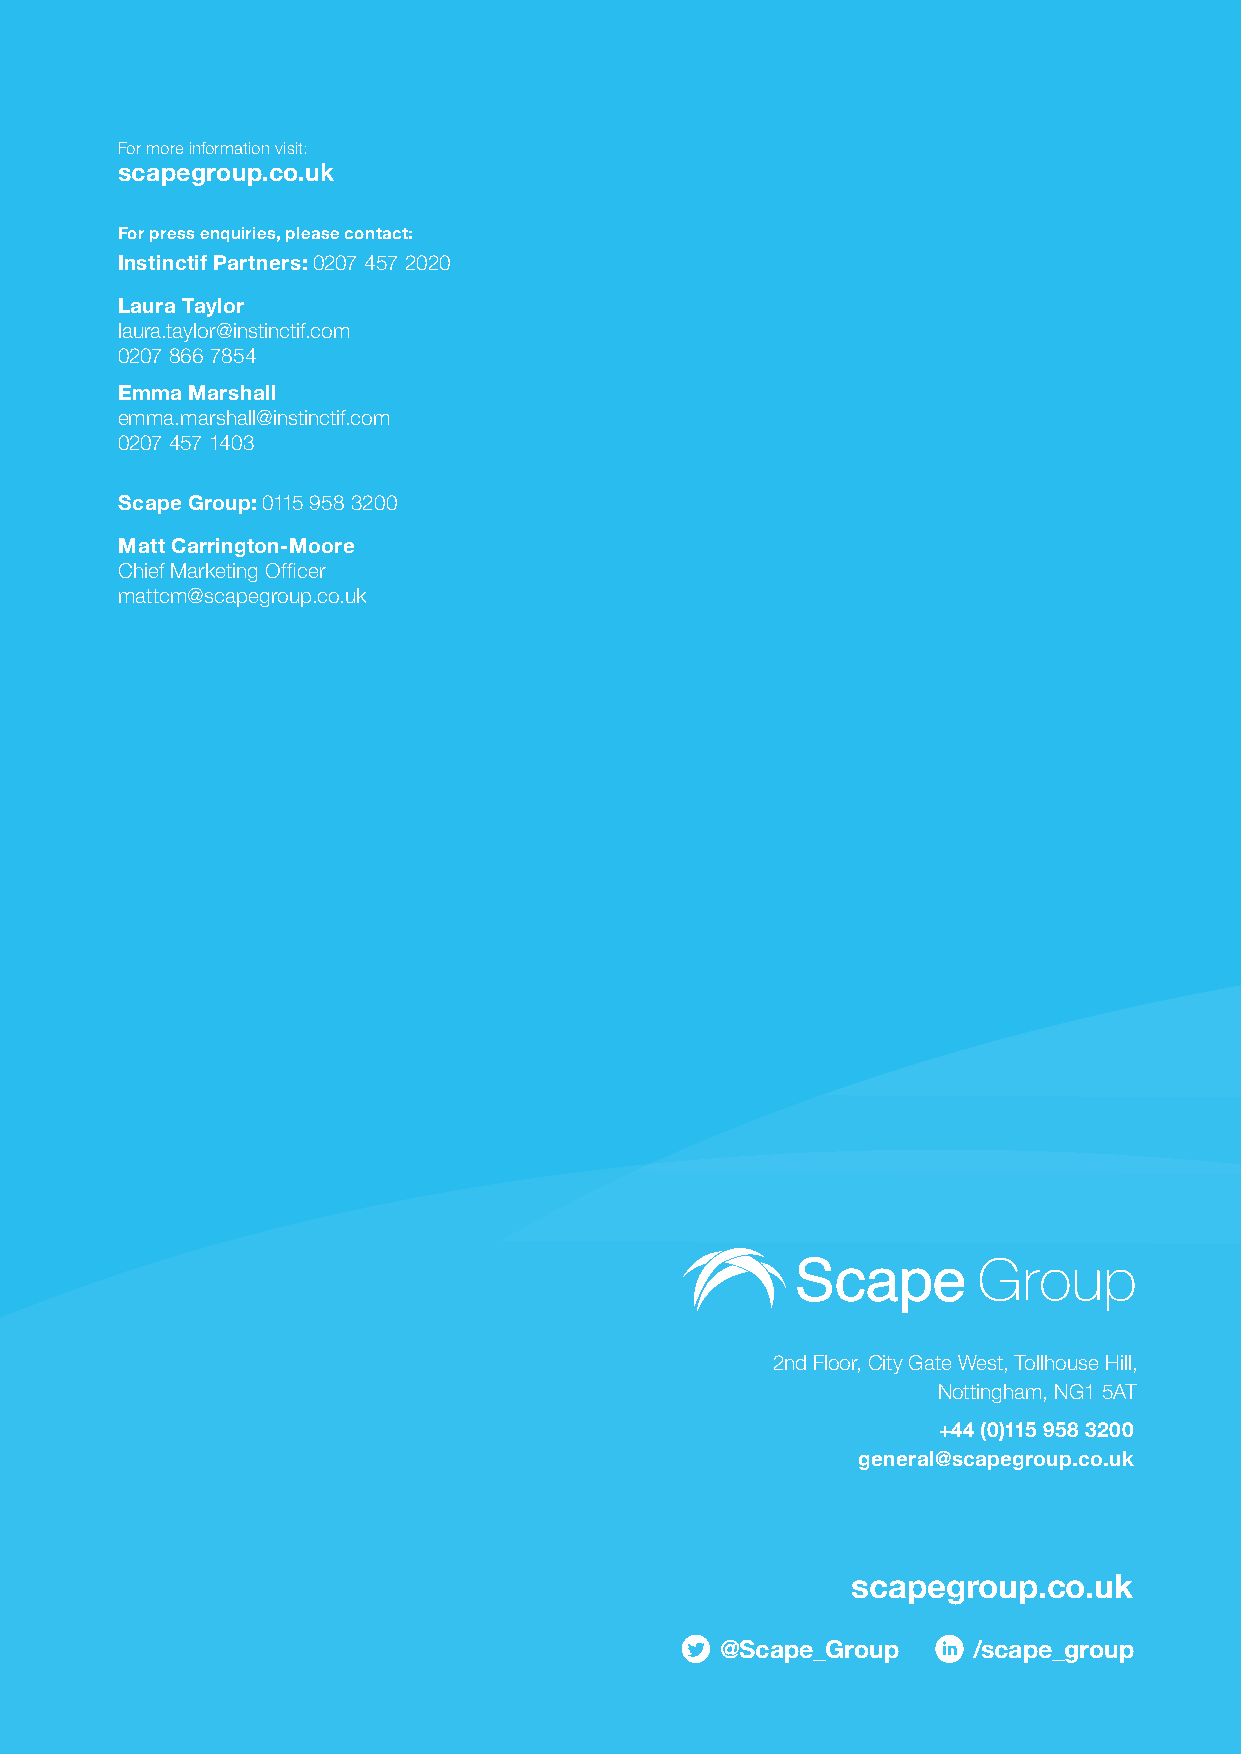
For more information visit:
 scapegroup.co.uk
 For press enquiries, please contact:
 Instinctif Partners: 0207 457 2020
 Laura Taylor
 laura.taylor@instinctif.com
 0207 866 7854
 Emma Marshall
 emma.marshall@instinctif.com
 0207 457 1403
 Scape Group: 0115 958 3200
 Matt Carrington-Moore
 Chief Marketing Officer
 mattcm@scapegroup.co.uk
 2nd Floor, City Gate West, Tollhouse Hill,
 Nottingham, NG1 5AT
 +44 (0)115 958 3200
 general@scapegroup.co.uk
 scapegroup.co.uk
 @Scape_Group    /scape_group